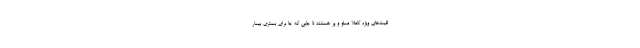
قبت‌های ویژه کاملا مملو و پر هستند تا جایی که جا برای بستری بیمار